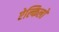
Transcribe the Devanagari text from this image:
ऐल्किलों